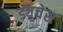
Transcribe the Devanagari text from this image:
ड्युचेस